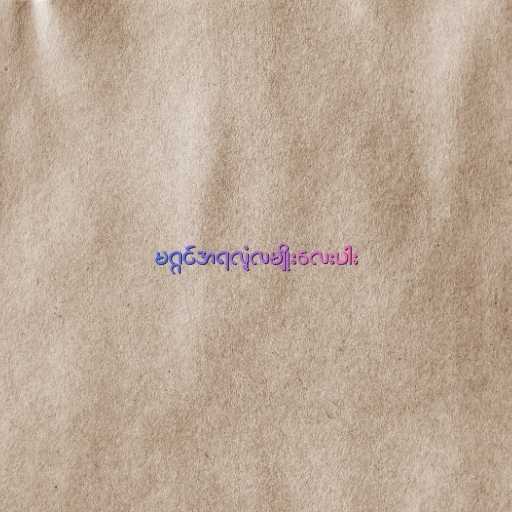
မဂ္ဂင်အရလုံ့လမျိုးလေးပါး